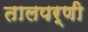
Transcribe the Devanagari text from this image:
तालपर्णी